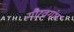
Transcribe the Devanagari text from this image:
गौरवगंथ